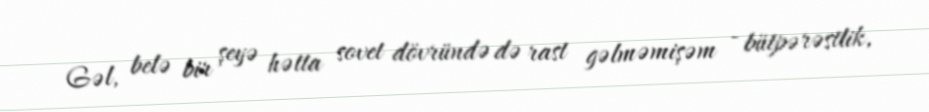
Gəl, belə bir şeyə hətta sovet dövründə də rast gəlməmişəm - bütpərəstlik,